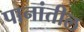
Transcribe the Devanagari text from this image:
पानांतील